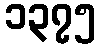
၁၃၇၅